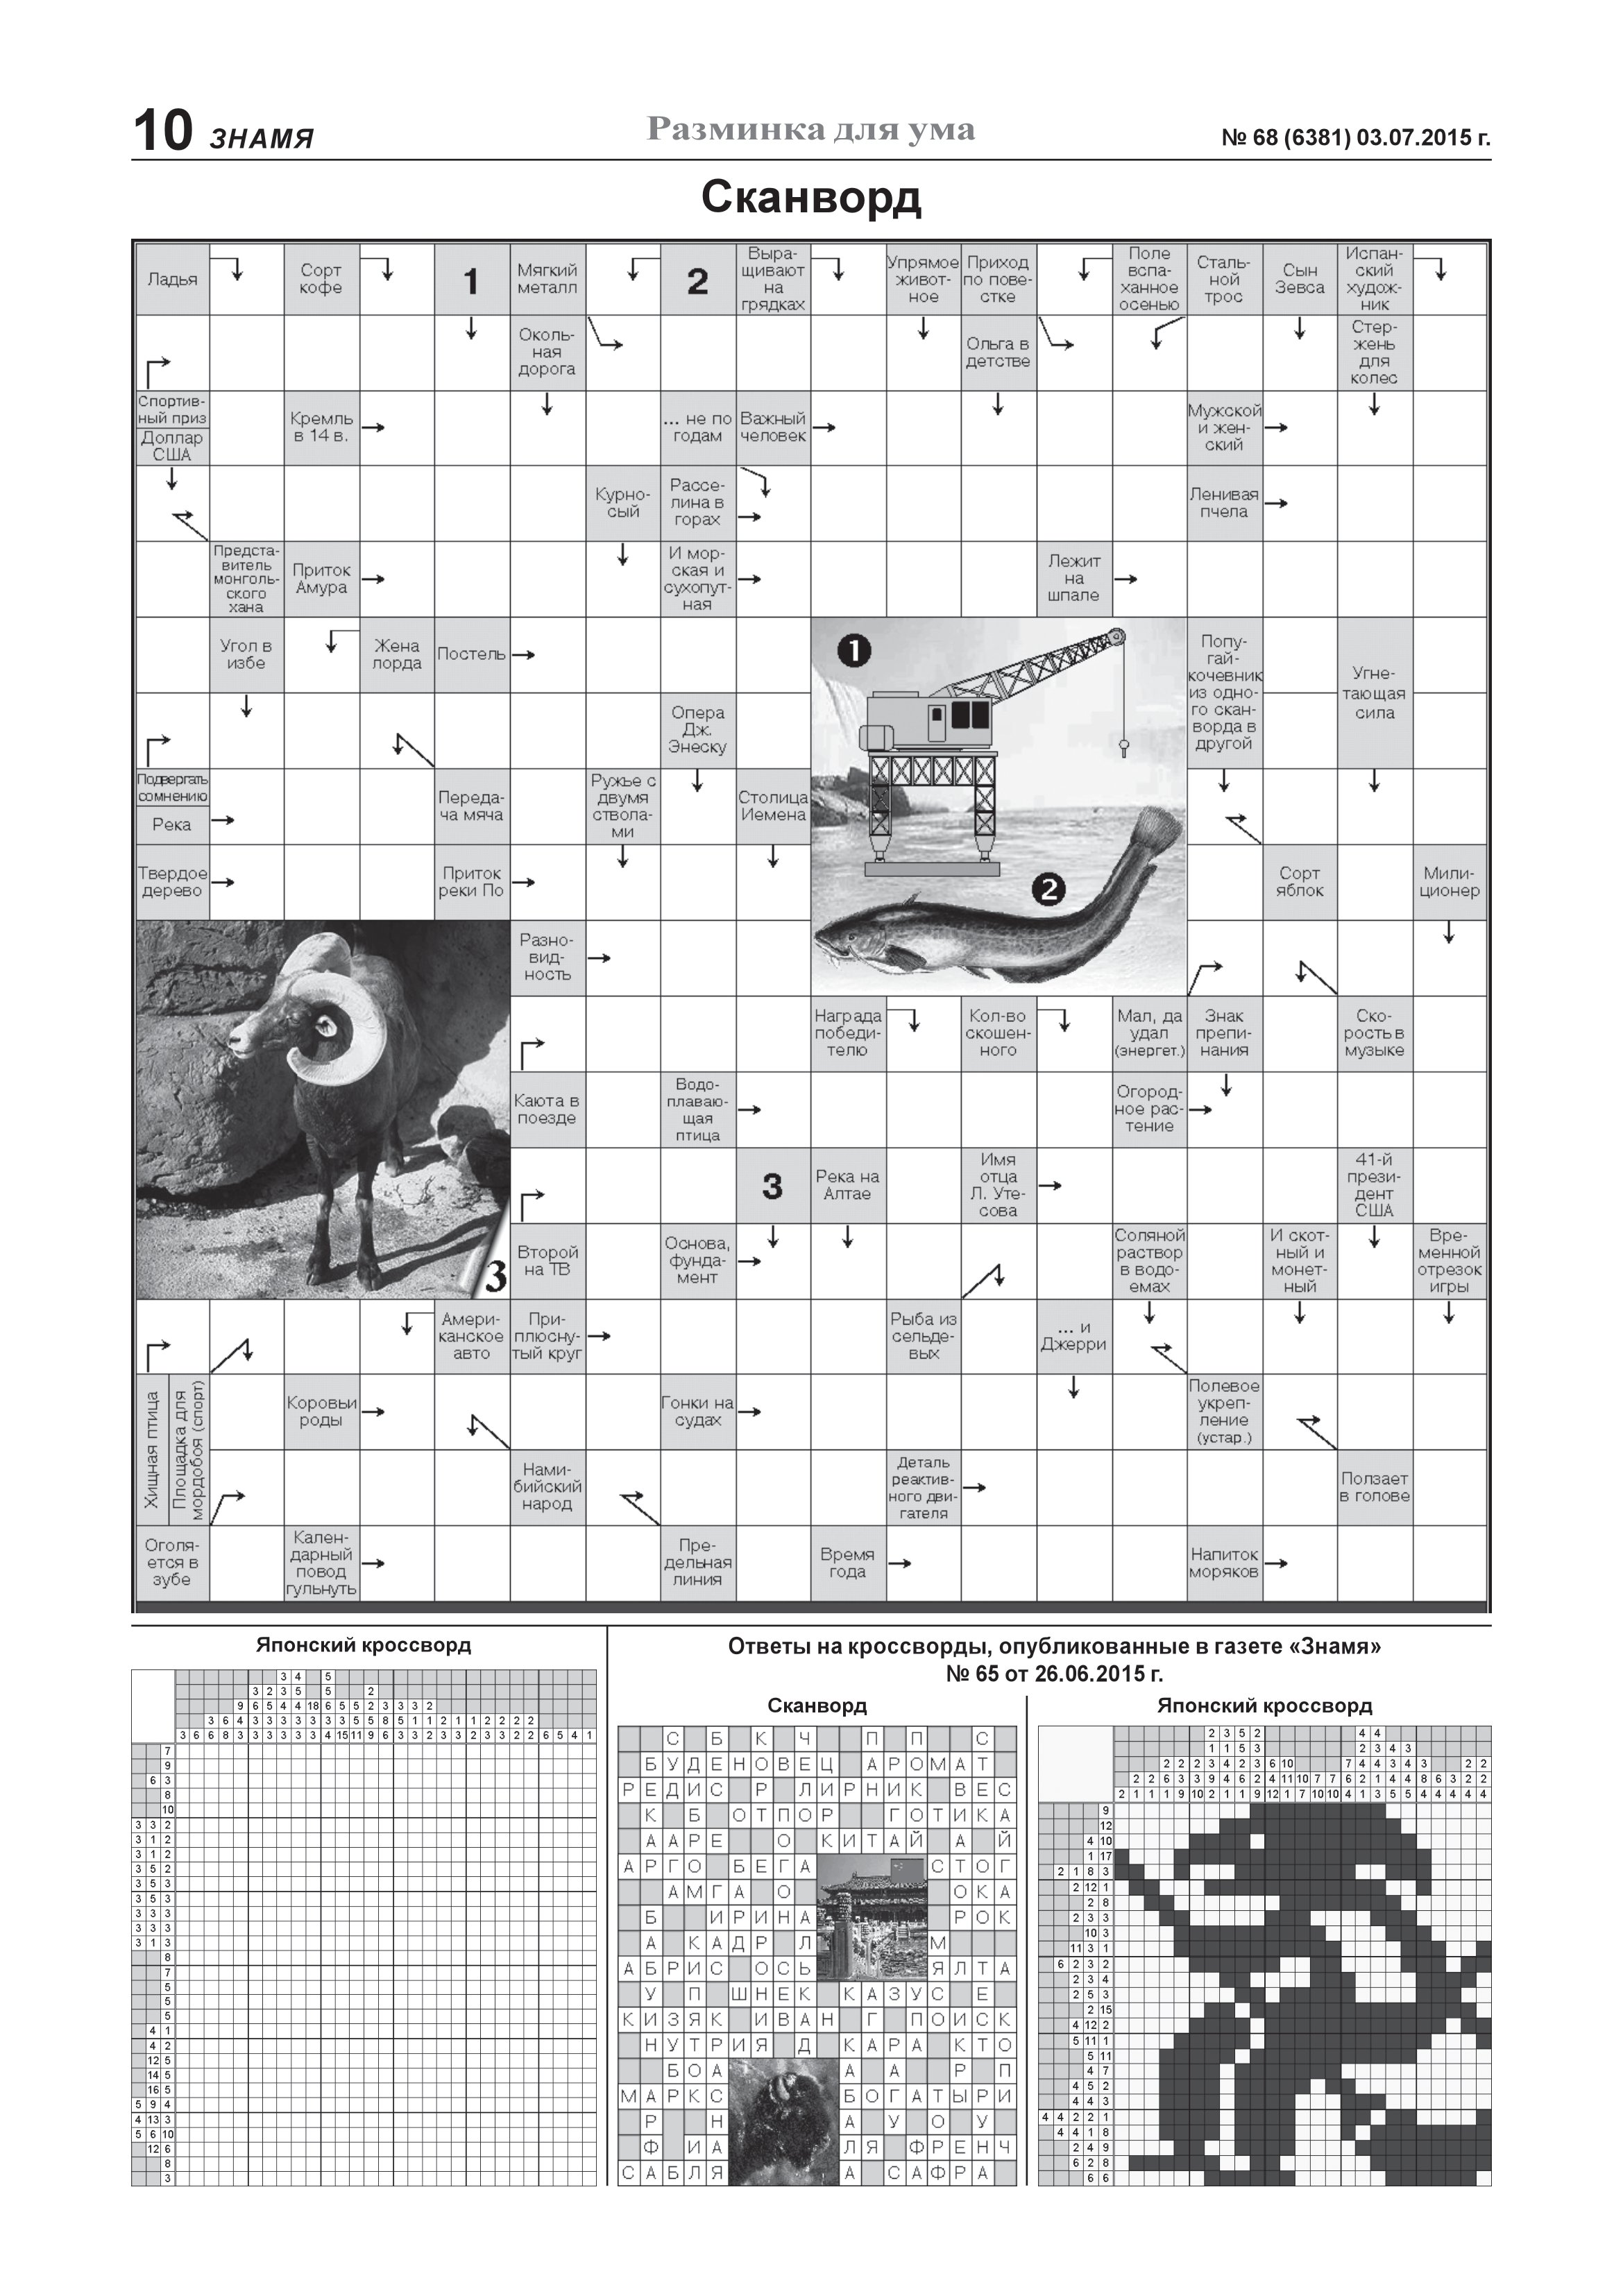
Language: ru